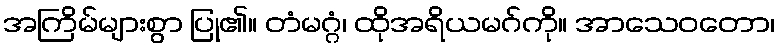
အကြိမ်များစွာ ပြု၏။ တံမဂ္ဂံ၊ ထိုအရိယမဂ်ကို။ အာသေဝတော၊